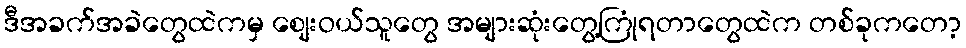
ဒီအခက်အခဲတွေထဲကမှ စျေးဝယ်သူတွေ အများဆုံးတွေ့ကြုံရတာတွေထဲက တစ်ခုကတော့